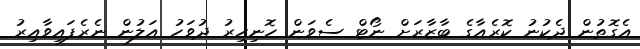
އެގޮތުން ދެކުނު ކޮރެއާގެ ބާޒާރަށް ނޯޓް ސެވަން ހޮނިހިރު ދުވަހު އަލުން ނެރެފައިވާއިރު